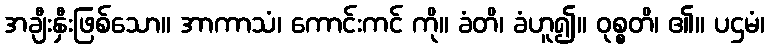
အချီးနှီးဖြစ်သော။ အာကာသံ၊ ကောင်းကင် ကို။ ခံတိ၊ ခံဟူ၍။ ဝုစ္စတိ၊ ၏။ ပဌမံ၊